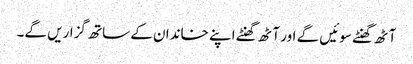
آٹھ گھنٹے سوئیں گے اور آٹھ گھنٹے اپنے خاندان کے ساتھ گزاریں گے۔